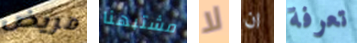
مريض مشتبهنا لا ان تعرفة